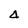
Character: 4